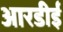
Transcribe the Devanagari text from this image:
आरडीई